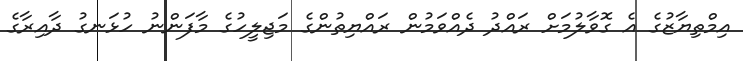
އިމްތިޔާޒުގެ އެ ގޮވާލުމަށް ރައްދު ދެއްވަމުން ރައްޔިތުންގެ މަޖިލީހުގެ މާފަންނު ހުޅަނގު ދާއިރާގެ